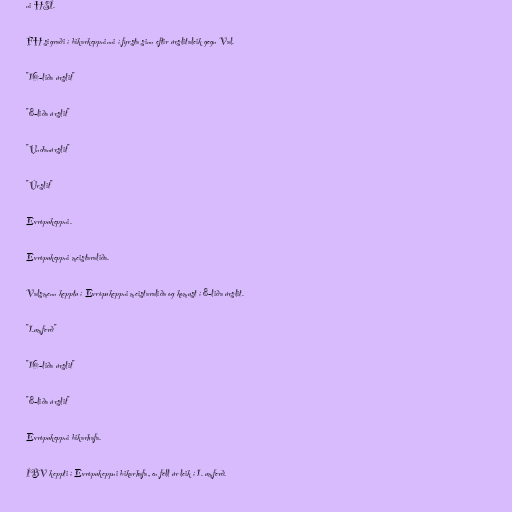
ni HSÍ.

FH sigraði í bikarkeppninni í fyrsta sinn eftir úrslitaleik gegn Val.

"16-liða úrslit"

"8-liða úrslit"

"Undanúrslit"

"Úrslit"

Evrópukeppni.

Evrópukeppni meistaraliða.

Valsmenn kepptu í Evrópukeppni meistaraliða og komust í 8-liða úrslit.

"1.umferð"

"16-liða úrslit"

"8-liða úrslit"

Evrópukeppni bikarhafa.

ÍBV keppti í Evrópukeppni bikarhafa, en féll úr leik í 1. umferð.